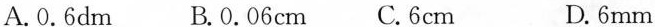
A.0.6dm B.0.06cm C.6cm D.6mm